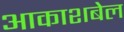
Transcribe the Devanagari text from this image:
आकाशबेल